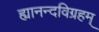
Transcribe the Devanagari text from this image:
ह्यानन्दविग्रहम्